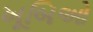
ખૂબિઓ